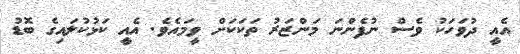
އެއީ ދުވަހަކު ވެސް ނުފެންނަ މަންޒަރު ތަކަކަށް ވީމައެވެ. އެއީ ކަޅުކުލައިގެ ބޮޑު